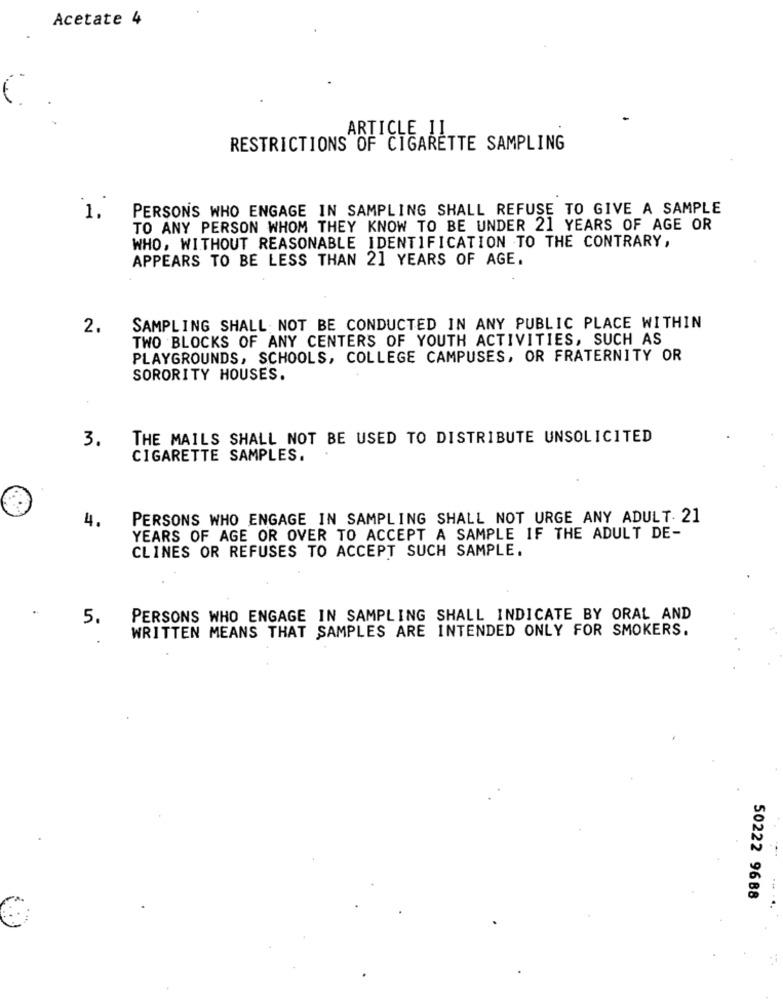
Acetate 4
ARTICLE 11
RESTRICTIONS OF CIGARETTE SAMPLING
PERSONS WHO ENGAGE IN SAMPLING SHALL REFUSE TO GIVE A SAMPLE
1.
TO ANY PERSON WHOM THEY KNOW TO BE UNDER 21 YEARS OF AGE OR
WHO, WITHOUT REASONABLE IDENTIFICATION TO THE CONTRARY,
APPEARS TO BE LESS THAN 21 YEARS OF AGE.
2.
SAMPLING SHALL NOT BE CONDUCTED IN ANY PUBLIC PLACE WITHIN
TWO BLOCKS OF ANY CENTERS OF YOUTH ACTIVITIES, SUCH AS
PLAYGROUNDS, SCHOOLS, COLLEGE CAMPUSES, OR FRATERNITY OR
SORORITY HOUSES.
THE MAILS SHALL NOT BE USED TO DISTRIBUTE UNSOLICITED
3.
CIGARETTE SAMPLES.
4.
PERSONS WHO ENGAGE IN SAMPLING SHALL NOT URGE ANY ADULT. 21
YEARS OF AGE OR OVER TO ACCEPT A SAMPLE IF THE ADULT DE-
CLINES OR REFUSES TO ACCEPT SUCH SAMPLE.
5.
PERSONS WHO ENGAGE IN SAMPLING SHALL INDICATE BY ORAL AND
WRITTEN MEANS THAT SAMPLES ARE INTENDED ONLY FOR SMOKERS.
50222 9688